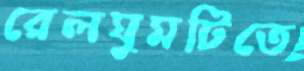
রেলঘুমটিতে